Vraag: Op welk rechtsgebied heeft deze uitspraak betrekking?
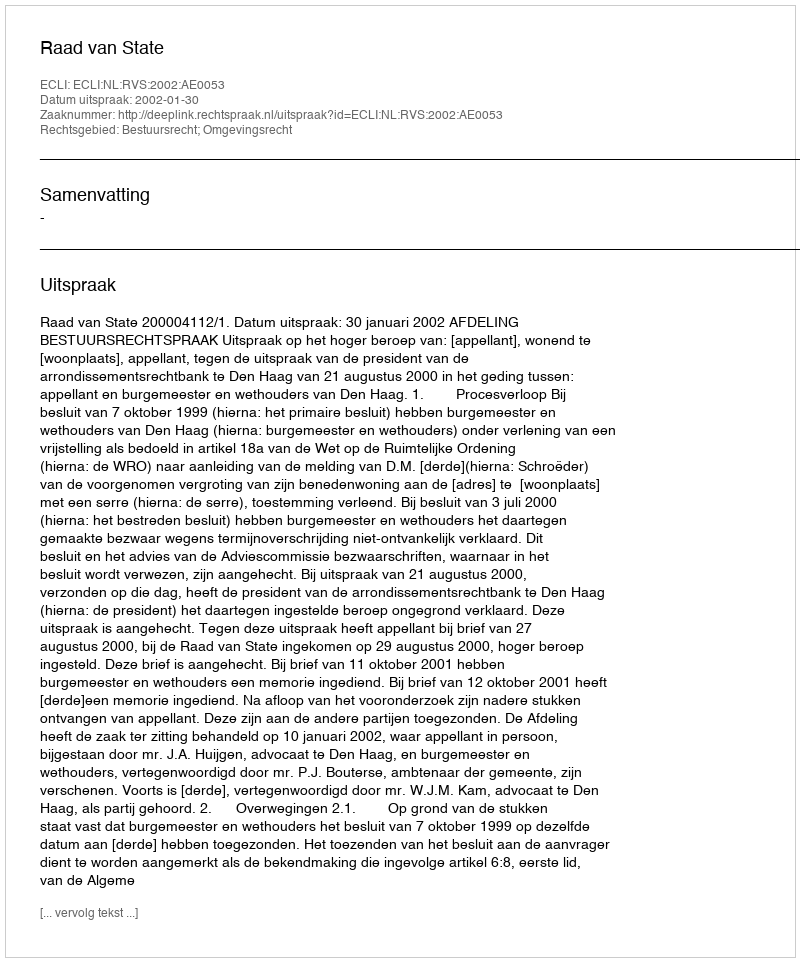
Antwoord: Bestuursrecht; Omgevingsrecht